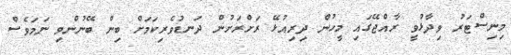
މިނިސްޓަރު ވިދާޅުވީ ރާއްޖޭގައި މީހުން ދިރިއުޅޭ ރަށްރަށުން ދަނޑުވެރިކަމަށް ބިން ބޭނުންވި ނަމަވެސް